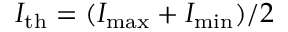
I _ { \mathrm { t h } } = ( I _ { \operatorname* { m a x } } + I _ { \operatorname* { m i n } } ) / 2